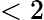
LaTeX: <2